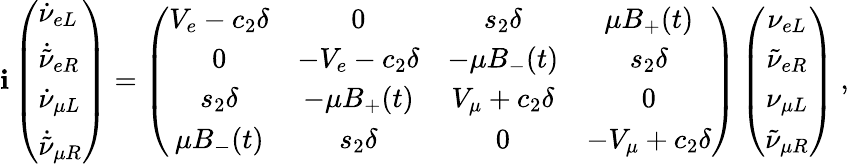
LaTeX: \mathbf{i}\left(\begin{array}{l}{{\dot{\nu}_{eL}}}\\ {{\dot{\tilde{\nu}}_{eR}}}\\ {{\dot{\nu}_{\mu L}}}\\ {{\dot{\tilde{\nu}}_{\mu R}}}\end{array}\right)=\left(\begin{array}{cccc}{{V_{e}-c_{2}\delta}}&{{0}}&{{s_{2}\delta}}&{{\mu B_{+}(t)}}\\ {{0}}&{{-V_{e}-c_{2}\delta}}&{{-\mu B_{-}(t)}}&{{s_{2}\delta}}\\ {{s_{2}\delta}}&{{-\mu B_{+}(t)}}&{{V_{\mu}+c_{2}\delta}}&{{0}}\\ {{\mu B_{-}(t)}}&{{s_{2}\delta}}&{{0}}&{{-V_{\mu}+c_{2}\delta}}\end{array}\right)\left(\begin{array}{c}{{\nu_{eL}}}\\ {{\tilde{\nu}_{eR}}}\\ {{\nu_{\mu L}}}\\ {{\tilde{\nu}_{\mu R}}}\end{array}\right)~,